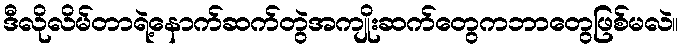
ဒီလိုလိမ်တာရဲ့နောက်ဆက်တွဲအကျိုးဆက်တွေကဘာတွေဖြစ်မလဲ။